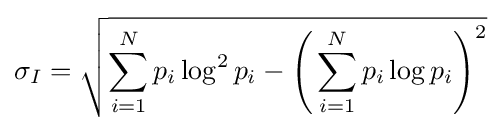
\sigma _{I}={\sqrt {\sum _{i=1}^{N}p_{i}\log ^{2}p_{i}-{\Biggl (}\sum _{i=1}^{N}p_{i}\log p_{i}{\Biggr )}^{2}}}